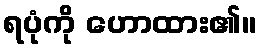
ရပုံကို ဟောထား၏။